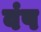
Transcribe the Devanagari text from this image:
वंष